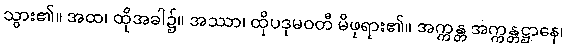
သွား၏။ အထ၊ ထိုအခါ၌။ အဿာ၊ ထိုပဒုမဝတီ မိဖုရား၏။ အက္ကန္တ အက္ကန္တဋ္ဌာနေ၊